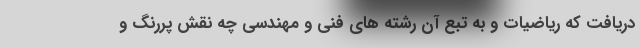
دریافت که ریاضیات و به تبع آن رشته های فنی و مهندسی چه نقش پررنگ و